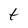
Character: t